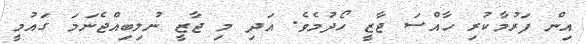
އިން ފަރުމާކުރި ހާއްސަ ޖާޒީ ހޯދުމެވެ. އަދި މި ޖާޒީ ނުލިބިއްޖެނަމަ ގައުމީ